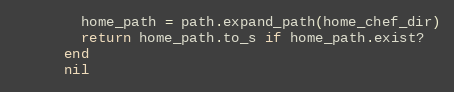
Language: Ruby
        home_path = path.expand_path(home_chef_dir)
        return home_path.to_s if home_path.exist?
      end
      nil